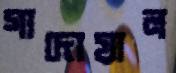
গাদোয়াল